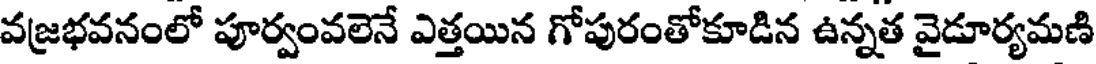
వజ్రభవనంలో పూర్వంవలెనే ఎత్తయిన గోపురంతోకూడిన ఉన్నత వైడూర్యమణి